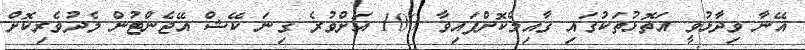
އޭނާ ވިދާޅުވީ އަތޮޅުތަކުގައި ގާއިމްކޮށްފައިވާ 100 އަށްވުރެ ގިނަ ކޭޝް އޭޖެންޓުން މެދުވެރިކޮށް